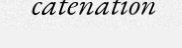
catenation